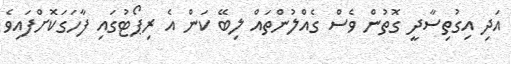
އަދި އިގުތިސާދީ ގޮތުން ވެސް ގެއްލުންތައް ލިބޭ ކަން އެ ރިޕޯޓުގައި ފާހަގަކޮށްފައިވެ